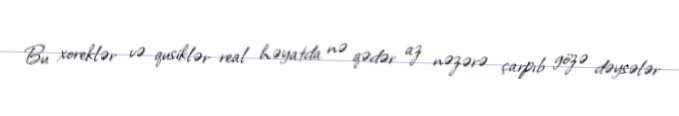
Bu xoreklər və qusiklər real həyatda nə qədər az nəzərə çarpıb gözə dəysələr